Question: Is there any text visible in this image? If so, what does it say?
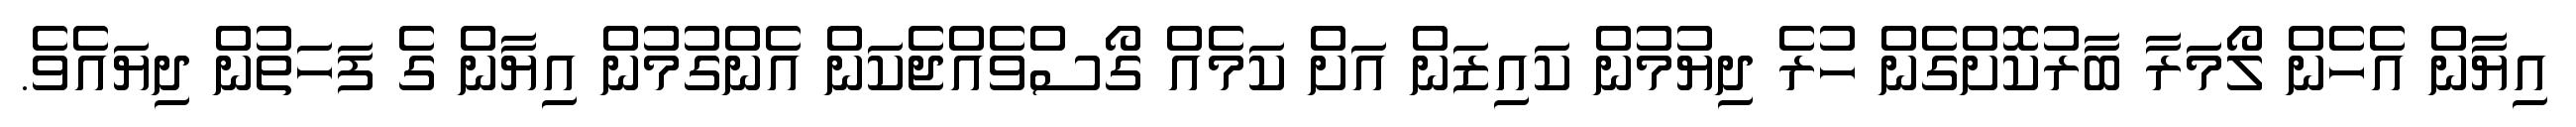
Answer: އިޔާން އެހެން ލޯމަރާ ބާރުކޮށްގެން ހުރެ ދިޔުމުން ކައިޒަން އަށް ކަމެއް ގޯސްވެއްޖެކަން އެންގުމުން އިޔާން ގެ ފަހަތުން ދިޔައެވެ.